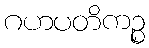
ဂဟပတိကဉ္စ